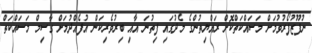
ނުފޫޒުފޯރުވުމަށް މަސައްކަތްކޮށް ރައްޔިތުންގެ މެދުގައި ފިތުނަ އާއި ބިރުވެރިކަން އުފެއްދުމަށް ގާސިމް މަސައްކަތް